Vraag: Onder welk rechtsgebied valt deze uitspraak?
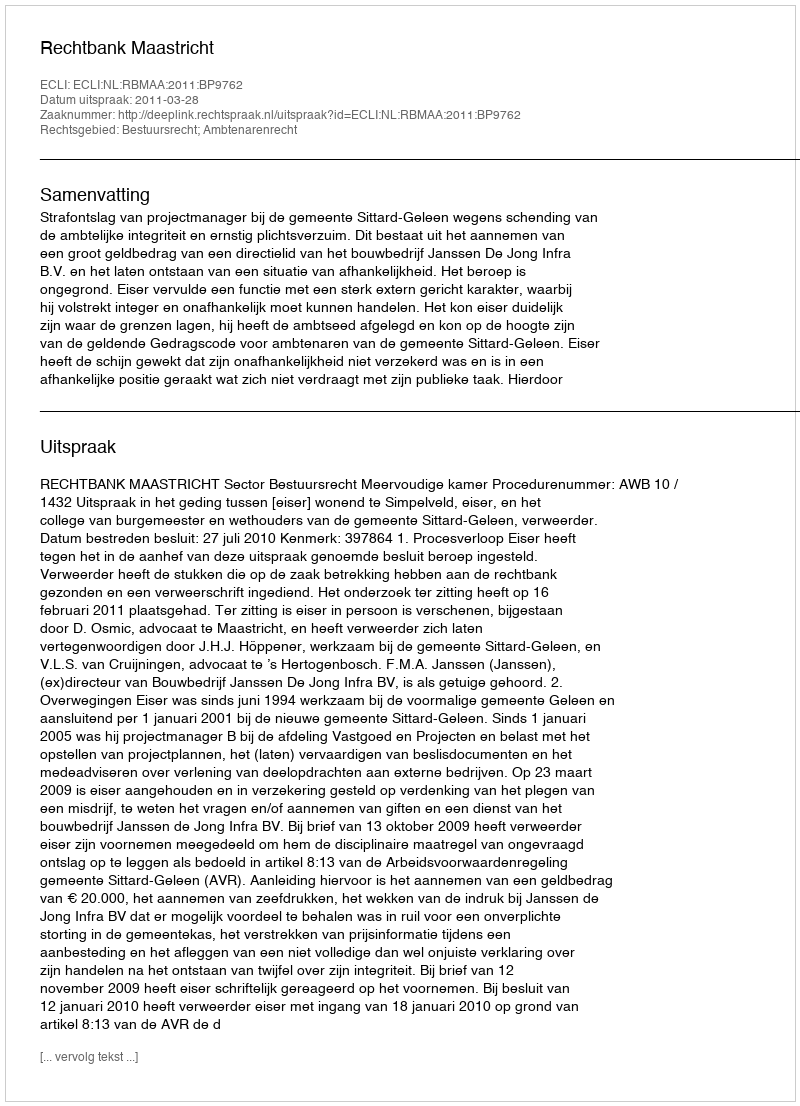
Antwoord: Bestuursrecht; Ambtenarenrecht